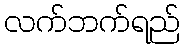
လက်ဘက်ရည်